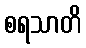
စရသာတိ